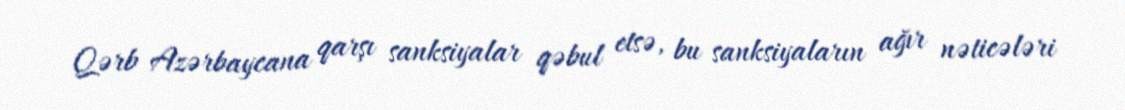
Qərb Azərbaycana qarşı sanksiyalar qəbul etsə, bu sanksiyaların ağır nəticələri